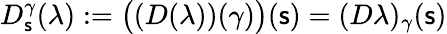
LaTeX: D_{\mathsf{s}}^{\gamma}(\lambda):=\bigl((D(\lambda))(\gamma)\bigr)(\mathsf{s})=(D\lambda)_{\gamma}(\mathsf{s})